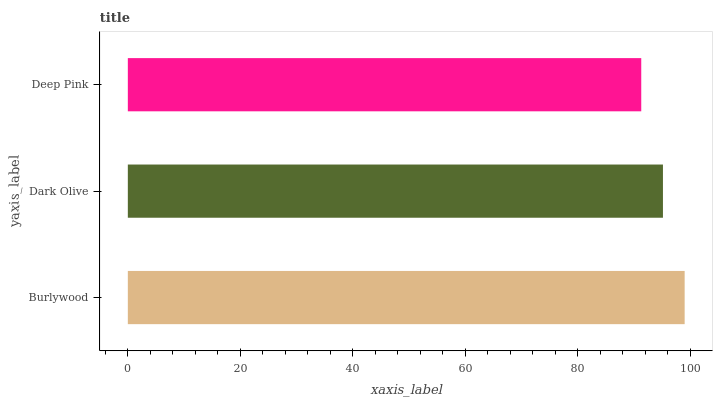
| yaxis_label | bars |
 | --- | --- |
 | Burlywood | 99 |
 | Dark Olive | 95.1 |
 | Deep Pink | 91.3 |